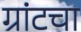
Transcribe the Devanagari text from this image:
ग्रांटचा